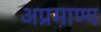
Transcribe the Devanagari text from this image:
अप्रमाण्य